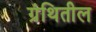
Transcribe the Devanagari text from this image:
ग्रंथितील